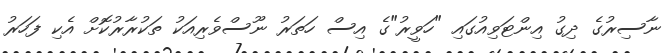
ނާސިރުގެ ދިގު އިންޓަވިއުގައި "ހަވީރު"ގެ އިސް ހަތަރު ނޫސްވެރިއަކު ތަކުރާރުކޮށް އެކި ފަހަރު